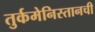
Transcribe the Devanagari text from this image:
तुर्कमेनिस्तानची